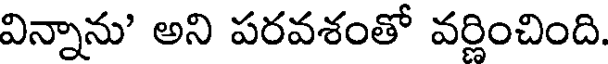
విన్నాను' అని పరవశంతో వర్ణించింది.